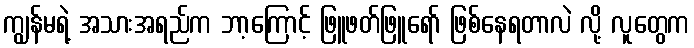
ကျွန်မရဲ့ အသားအရည်က ဘာ့ကြောင့် ဖြူဖတ်ဖြူရော် ဖြစ်နေရတာလဲ လို့ လူတွေက